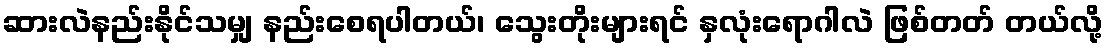
ဆားလဲနည်းနိုင်သမျှ နည်းစေရပါတယ်၊ သွေးတိုးများရင် နှလုံးရောဂါလဲ ဖြစ်တတ် တယ်လို့